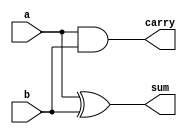
module half_adder(a,b,sum,carry);
	input a,b;
	output sum,carry;
	assign sum=a^b;
	assign carry=a&b;
endmodule 
module half_adder_tb();
	reg a,b;
	wire sum,carry;
	integer i;
	half_adder DUT(a,b,sum,carry);
	initial begin
		{a,b}=0; end
	initial begin
		for(i=0;i<4;i=i+1)
		begin
		{a,b}=i;
		#10; end end
	initial begin
		#100;
		$finish; end
	initial
		$monitor("input a=%b b=%b Outuput sum=%b carry=%b",a,b,sum,carry);
endmodule